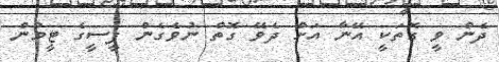
ދެން ވީ ގޮތަކީ އޭނާ އަށް ދެވޭ ގޮތް ނުވެގެން ޕީސީގެ ޓީމުން